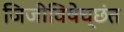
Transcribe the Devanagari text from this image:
जिजीविषेच्छंत